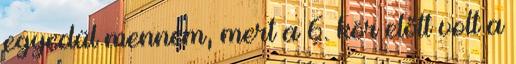
egyedül mennem, mert a 6. kör előtt volt a